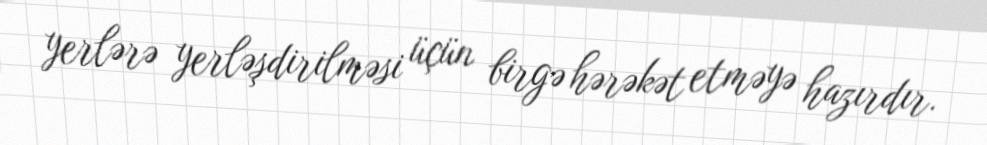
yerlərə yerləşdirilməsi üçün birgə hərəkət etməyə hazırdır.